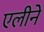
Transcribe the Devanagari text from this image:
एलीने